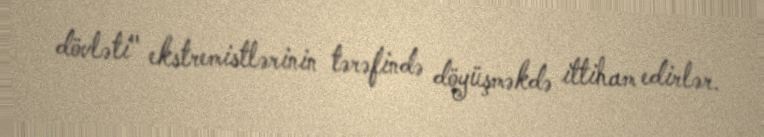
dövləti" ekstremistlərinin tərəfində döyüşməkdə ittiham edirlər.